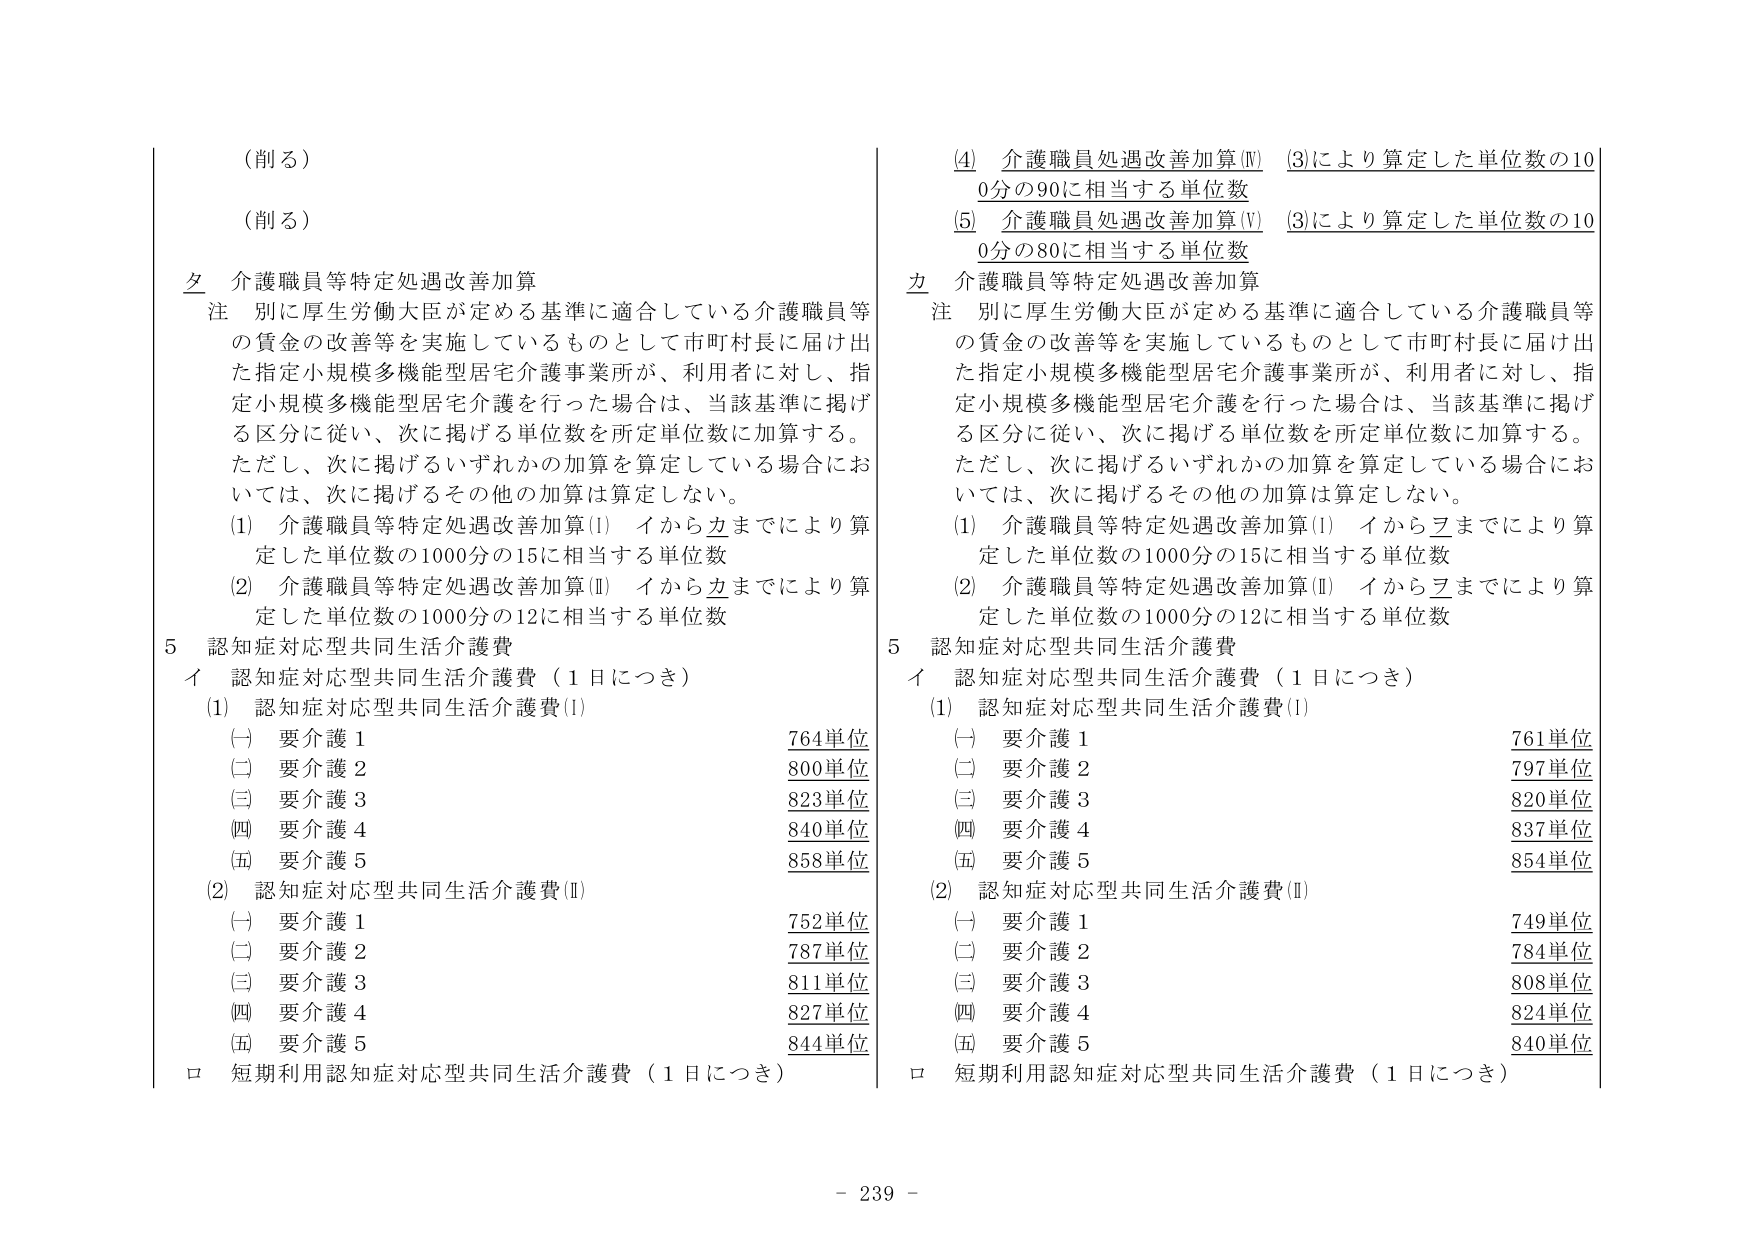
（削る）
（削る）
夕 介護職員等特定処遇改善加算
注 別に厚生労働大臣が定める基準に適合している介護職員等
の賃金の改善等を実施しているものとして市町村長に届け出
た指定小規模多機能型居宅介護事業所が、利用者に対し、指
定小規模多機能型居宅介護を行った場合は、当該基準に掲げ
る区分に従い、次に掲げる単位数を所定単位数に加算する。
ただし、次に掲げるいずれかの加算を算定している場合にお
いては、次に掲げるその他の加算は算定しない。
(1) 介護職員等特定処遇改善加算(I) イから辺までにより算
定した単位数の1000分の15に相当する単位数
(2) 介護職員等特定処遇改善加算(Ⅱ) イから辺までにより算
定した単位数の1000分の12に相当する単位数
5 認知症対応型共同生活介護費
イ 認知症対応型共同生活介護費（1日につき）
(1) 認知症対応型共同生活介護費(I)
(一) 要介護1 764単位
(二) 要介護2 800単位
(三) 要介護3 823単位
(四) 要介護4 840単位
(五) 要介護5 858単位
(2) 認知症対応型共同生活介護費(Ⅱ)
(一) 要介護1 752単位
(二) 要介護2 787単位
(三) 要介護3 811単位
(四) 要介護4 827単位
(五) 要介護5 844単位
ロ 短期利用認知症対応型共同生活介護費（1日につき）
(4) 介護職員処遇改善加算(Ⅳ) (3)により算定した単位数の10
0分の90に相当する単位数
(5) 介護職員処遇改善加算(V) (3)により算定した単位数の10
0分の80に相当する単位数
力 介護職員等特定処遇改善加算
注 別に厚生労働大臣が定める基準に適合している介護職員等
の賃金の改善等を実施しているものとして市町村長に届け出
た指定小規模多機能型居宅介護事業所が、利用者に対し、指
定小規模多機能型居宅介護を行った場合は、当該基準に掲げ
る区分に従い、次に掲げる単位数を所定単位数に加算する。
ただし、次に掲げるいずれかの加算を算定している場合にお
いては、次に掲げるその他の加算は算定しない。
(1) 介護職員等特定処遇改善加算(I) イからヱまでにより算
定した単位数の1000分の15に相当する単位数
(2) 介護職員等特定処遇改善加算(Ⅱ) イからヱまでにより算
定した単位数の1000分の12に相当する単位数
5 認知症対応型共同生活介護費
イ 認知症対応型共同生活介護費（1日につき）
(1) 認知症対応型共同生活介護費(I)
(一) 要介護1 761単位
(二) 要介護2 797単位
(三) 要介護3 820単位
(四) 要介護4 837単位
(五) 要介護5 854単位
(2) 認知症対応型共同生活介護費(Ⅱ)
(一) 要介護1 749単位
(二) 要介護2 784単位
(三) 要介護3 808単位
(四) 要介護4 824単位
(五) 要介護5 840単位
ロ 短期利用認知症対応型共同生活介護費（1日につき）
- 239 -